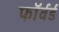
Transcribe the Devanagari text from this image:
फाॅर्वर्ड